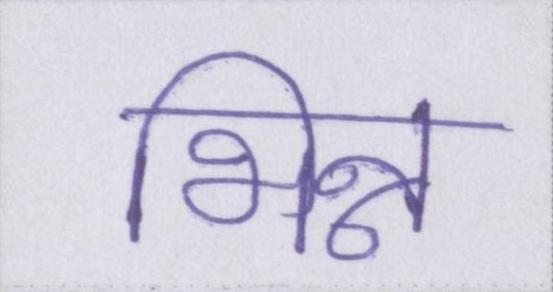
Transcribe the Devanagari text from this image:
भिन्न